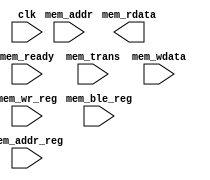
/*******************************************************************************************/
/**                                                                                       **/
/** Copyright 2021 Monte J. Dalrymple                                                     **/
/**                                                                                       **/
/** SPDX-License-Identifier: Apache-2.0 WITH SHL-2.1                                      **/
/**                                                                                       **/
/** Licensed under the Solderpad Hardware License v 2.1 (the License); you may not use  **/
/** this file except in compliance with the License, or, at your option, the Apache       **/
/** License version 2.0. You may obtain a copy of the License at                          **/
/**                                                                                       **/
/** https://solderpad.org/licenses/SHL-2.1/                                               **/
/**                                                                                       **/
/** Unless required by applicable law or agreed to in writing, any work distributed under **/
/** the License is distributed on an AS IS BASIS, WITHOUT WARRANTIES OR CONDITIONS OF   **/
/** ANY KIND, either express or implied. See the License for the specific language        **/
/** governing permissions and limitations under the License.                              **/
/**                                                                                       **/
/** instantiated 32-bit system memory                                 Rev 0.0  03/31/2021 **/
/**                                                                                       **/
/*******************************************************************************************/
module inst_mem  (mem_rdata, clk, mem_addr, mem_addr_reg, mem_ble_reg, mem_ready, mem_trans,
                  mem_wdata, mem_wr_reg);

  input         clk;                                       /* cpu clock                    */
  input         mem_ready;                                 /* memory ready                 */
  input         mem_wr_reg;                                /* latched write enable         */
  input   [1:0] mem_trans;                                 /* memory transfer type         */
  input   [3:0] mem_ble_reg;                               /* latched byte enables         */
  input  [15:0] mem_addr;                                  /* memory address               */
  input  [15:0] mem_addr_reg;                              /* latched address              */
  input  [31:0] mem_wdata;                                 /* memory write data            */

  output [31:0] mem_rdata;                                 /* memory read data             */

  /*****************************************************************************************/
  /* signal declarations                                                                   */
  /*****************************************************************************************/
  wire          wr_en;                                     /* mem block write enable       */
  wire   [31:0] mem_rdata;                                 /* memory read data             */

`ifdef ICE40_VERSION
  wire          rd_en0, rd_en1, rd_en2, rd_en3;            /* mem block read enables       */
  wire          wr_en0, wr_en1, wr_en2, wr_en3;            /* mem block write enables      */
  wire    [3:0] byte_mask;                                 /* memory byte masks            */
  wire   [31:0] mem0_data, mem1_data;                      /* mem block output data        */
  wire   [31:0] mem2_data, mem3_data;
  wire   [31:0] wr_mask;                                   /* memory write mask            */
`endif  // ICE40_VERSION

  /*****************************************************************************************/
  /* common logic                                                                          */
  /*****************************************************************************************/
  assign wr_en = mem_wr_reg && mem_ready;

`ifdef ICE40_VERSION
  /*****************************************************************************************/
  /* Lattice memory                                                                        */
  /*****************************************************************************************/
  assign rd_en0    = mem_trans[0] && !mem_addr_reg[11] && !mem_addr_reg[10];
  assign rd_en1    = mem_trans[0] && !mem_addr_reg[11] &&  mem_addr_reg[10];
  assign rd_en2    = mem_trans[0] &&  mem_addr_reg[11] && !mem_addr_reg[10];
  assign rd_en3    = mem_trans[0] &&  mem_addr_reg[11] &&  mem_addr_reg[10];
  assign wr_en0    = wr_en        && !mem_addr_reg[11] && !mem_addr_reg[10];
  assign wr_en1    = wr_en        && !mem_addr_reg[11] &&  mem_addr_reg[10];
  assign wr_en2    = wr_en        &&  mem_addr_reg[11] && !mem_addr_reg[10];
  assign wr_en3    = wr_en        &&  mem_addr_reg[11] &&  mem_addr_reg[10];
  assign byte_mask = ~mem_ble_reg;
  assign wr_mask   = { {8{byte_mask[3]}}, {8{byte_mask[2]}},
                       {8{byte_mask[1]}}, {8{byte_mask[0]}} }; 

  SB_RAM256x16 RAM0L  ( .RDATA(mem0_data[15:0]), .RADDR(mem_addr[9:2]), .RCLK(clk),
                        .RCLKE(rd_en0), .RE(rd_en0), .WADDR(mem_addr_reg[9:2]), .WCLK(clk),
                        .WCLKE(wr_en0), .WDATA(mem_wdata[15:0]), .WE(wr_en0),
                        .MASK(wr_mask[15:0]) );

  SB_RAM256x16 RAM0H  ( .RDATA(mem0_data[31:16]), .RADDR(mem_addr[9:2]), .RCLK(clk),
                        .RCLKE(rd_en0), .RE(rd_en0), .WADDR(mem_addr_reg[9:2]), .WCLK(clk),
                        .WCLKE(wr_en0), .WDATA(mem_wdata[31:16]), .WE(wr_en0),
                        .MASK(wr_mask[31:16]) );

  SB_RAM256x16 RAM1L  ( .RDATA(mem1_data[15:0]), .RADDR(mem_addr[9:2]), .RCLK(clk),
                        .RCLKE(rd_en1), .RE(rd_en1), .WADDR(mem_addr_reg[9:2]), .WCLK(clk),
                        .WCLKE(wr_en1), .WDATA(mem_wdata[15:0]), .WE(wr_en1),
                        .MASK(wr_mask[15:0]) );

  SB_RAM256x16 RAM1H  ( .RDATA(mem1_data[31:16]), .RADDR(mem_addr[9:2]), .RCLK(clk),
                        .RCLKE(rd_en1), .RE(rd_en1), .WADDR(mem_addr_reg[9:2]), .WCLK(clk),
                        .WCLKE(wr_en1), .WDATA(mem_wdata[31:16]), .WE(wr_en1),
                        .MASK(wr_mask[31:16]) );

  SB_RAM256x16 RAM2L  ( .RDATA(mem2_data[15:0]), .RADDR(mem_addr[9:2]), .RCLK(clk),
                        .RCLKE(rd_en2), .RE(rd_en2), .WADDR(mem_addr_reg[9:2]), .WCLK(clk),
                        .WCLKE(wr_en2), .WDATA(mem_wdata[15:0]), .WE(wr_en2),
                        .MASK(wr_mask[15:0]) );

  SB_RAM256x16 RAM2H  ( .RDATA(mem2_data[31:16]), .RADDR(mem_addr[9:2]), .RCLK(clk),
                        .RCLKE(rd_en2), .RE(rd_en2), .WADDR(mem_addr_reg[9:2]), .WCLK(clk),
                        .WCLKE(wr_en2), .WDATA(mem_wdata[31:16]), .WE(wr_en2),
                        .MASK(wr_mask[31:16]) );

  SB_RAM256x16 RAM3L  ( .RDATA(mem3_data[15:0]), .RADDR(mem_addr[9:2]), .RCLK(clk),
                        .RCLKE(rd_en3), .RE(rd_en3), .WADDR(mem_addr_reg[9:2]), .WCLK(clk),
                        .WCLKE(wr_en3), .WDATA(mem_wdata[15:0]), .WE(wr_en3),
                        .MASK(wr_mask[15:0]) );

  SB_RAM256x16 RAM3H  ( .RDATA(mem3_data[31:16]), .RADDR(mem_addr[9:2]), .RCLK(clk),
                        .RCLKE(rd_en3), .RE(rd_en3), .WADDR(mem_addr_reg[9:2]), .WCLK(clk),
                        .WCLKE(wr_en3), .WDATA(mem_wdata[31:16]), .WE(wr_en3),
                        .MASK(wr_mask[31:16]) );

  assign mem_rdata = (mem_addr_reg[11:10] == 2'b00) ? mem0_data :
                     (mem_addr_reg[11:10] == 2'b01) ? mem1_data :
                     (mem_addr_reg[11:10] == 2'b10) ? mem2_data : mem3_data;

`include "code_demo.v"

`endif  // ICE40_VERSION

`ifdef SERIES7_VERSION
  /*****************************************************************************************/
  /* Xilinx memory                                                                         */
  /*****************************************************************************************/
  BRAM_SDP_MACRO     #( .BRAM_SIZE("36Kb"), .DEVICE("7SERIES"), .WRITE_WIDTH(32),
                        .READ_WIDTH(32), .INIT_FILE("NONE"),
`include "code_demo.mif"
                        .SIM_COLLISION_CHECK("NONE"), .WRITE_MODE("READ_FIRST") )
                RAM_1 ( .DO(mem_rdata), .DI(mem_wdata), .RDADDR(mem_addr[11:2]), .RDCLK(clk),
                        .RDEN(mem_trans[0]), .REGCE(1'b1), .RST(1'b0), .WE(mem_ble_reg),
                        .WRADDR(mem_addr_reg[11:2]), .WRCLK(clk), .WREN(wr_en) );

`endif  // SERIES7_VERSION

  endmodule